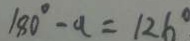
1 8 0 ^ { \circ } - a = 1 2 6 ^ { \circ }